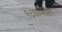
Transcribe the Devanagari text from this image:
१८६२मधील